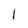
Character: 1